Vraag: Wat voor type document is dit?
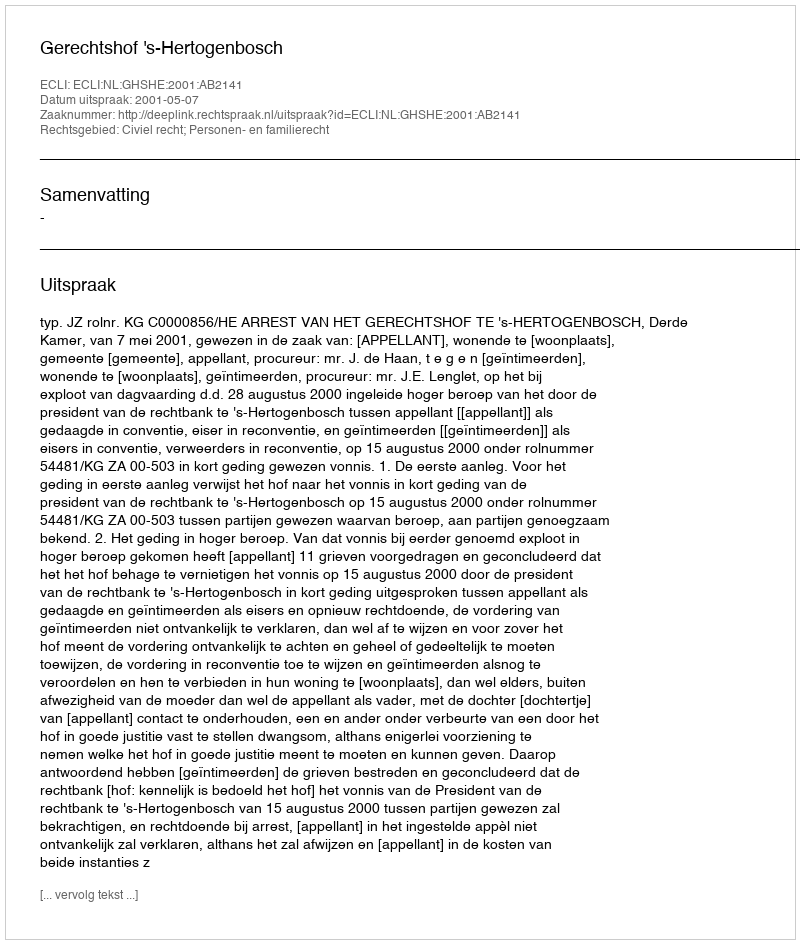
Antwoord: Uitspraak